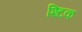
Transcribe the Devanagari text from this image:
श्टिक